Indian journal of veterinary science and animal husbandry - Volumes 18-21, 1948-1951
Year: 1948
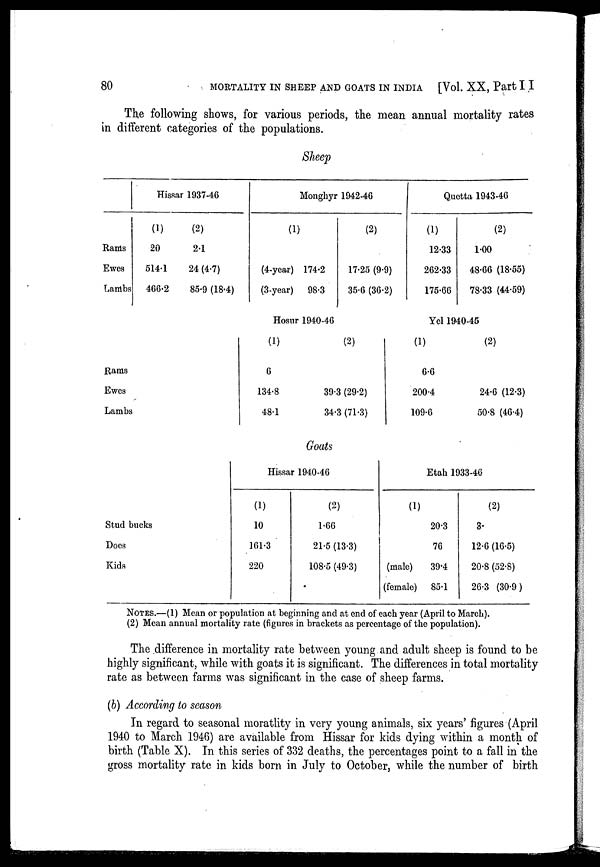
80
MORTALITY IN SHEEP AND GOATS IN INDIA [Vol. XX, Part I I
The following shows, for various periods, the mean annual mortality rates
in different categories of the populations.
Sheep
Rams
Ewes
Lambs
Hissar 1937-46
(1)
20
514.1
466.2
(2)
2.1
24 (4.7)
85.9 (18.4)
Rams
Ewes
Lambs
Monghyr 1942-46
(1)
(4-year)
(3-year)
174.2
98.3
(2)
17.25
(9.9)
35.6
(36.2)
Hosur 1940-46
(1)
6
134.8
48.1
(2)
39.3 (29.2)
34.3(71.3)
Quetta 1943-46
(1)
12.33
262.33
175.66
(2)
1.00
48.66 (18.55)
78.33 (44.59)
Yel 1940-45
(1)
6.6
200.4
109.6
(2)
24.6 (12.3)
50.8 (46.4)
Goats
Stud bucks
Does
Kids
Hissar 1940-46
(1)
10
161.3
220
(2)
1.66
21.5 (13.3)
108.5 (49.3)
Etah 1933-46
(1)
20.3
76
(male)
39.4
(female) 85.1
(2)
3.
12.6 (16.5)
20.8 (52.8)
26.3 (30.9)
NOTES.—(1) Mean or population at beginning and at end of each year (April to March).
(2) Mean annual mortality rate (figures in brackets as percentage of the population).
The difference in mortality rate between young and adult sheep is found to be
highly significant, while with goats it is significant. The differences in total mortality
rate as between farms was significant in the case of sheep farms.
(b) According to season
In regard to seasonal moratlity in very young animals, six years' figures (April
1940 to March 1946) are available from Hissar for kids dying within a month of
birth (Table X). In this series of 332 deaths, the percentages point to a fall in the
gross mortality rate in kids born in July to October, while the number of birth